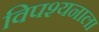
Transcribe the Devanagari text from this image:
विपश्यनाला